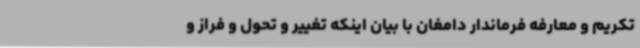
تکریم و معارفه فرماندار دامغان با بیان اینکه تغییر و تحول و فراز و